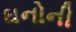
ઘનોની